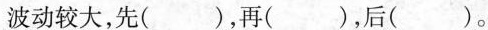
波动较大，先( )，再( )，后( )。